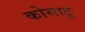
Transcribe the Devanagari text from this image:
कोसाटू